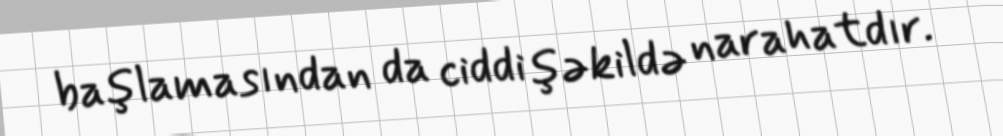
başlamasından da ciddi şəkildə narahatdır.